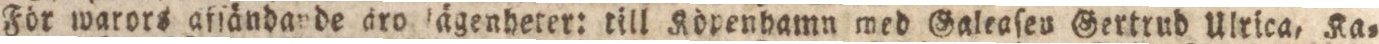
För warors afſändande äro lägenheter: till Köpenhamn med Galeaſen Gertrud Ulrica, Ka=